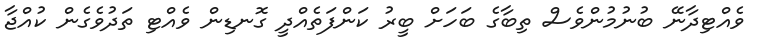
ވެއްޓިދާނޭ ބުނުމުންވެސް ތިބާގެ ބަހަށް ބީރު ކަންފަތެއްދީ ގޮނޑިން ވެއްޓި ތަދުވެގެން ކުއްޖާ